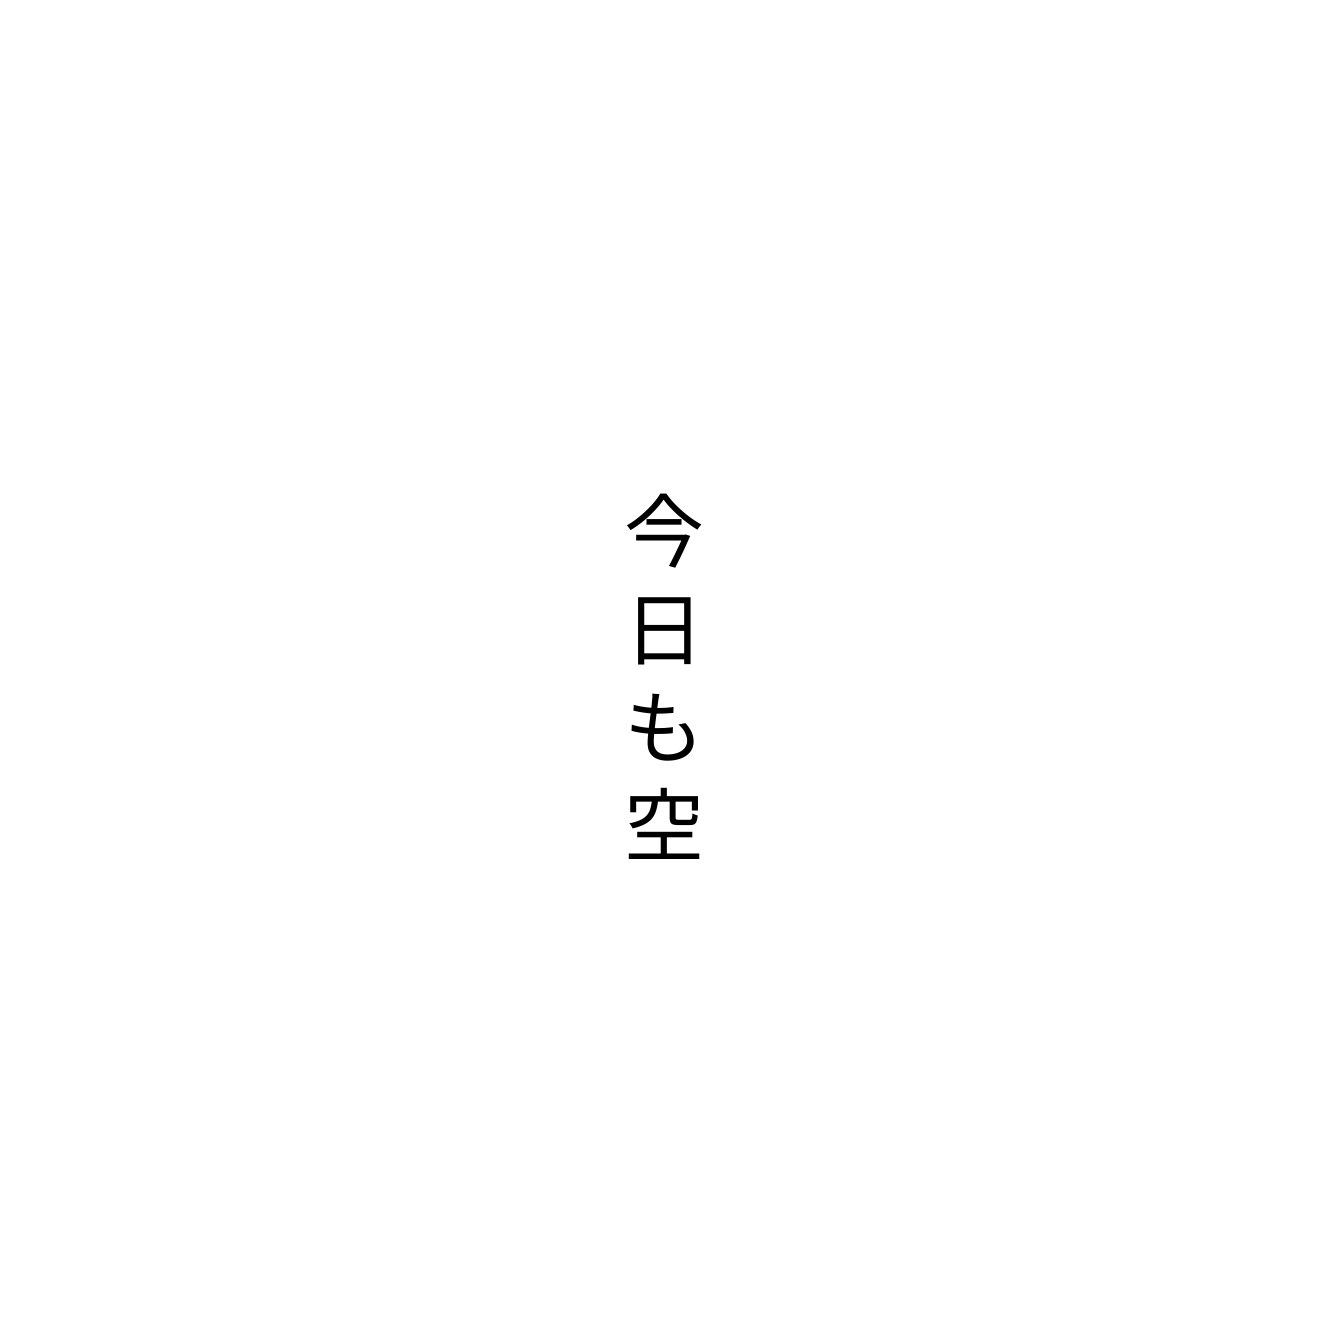
今日も空